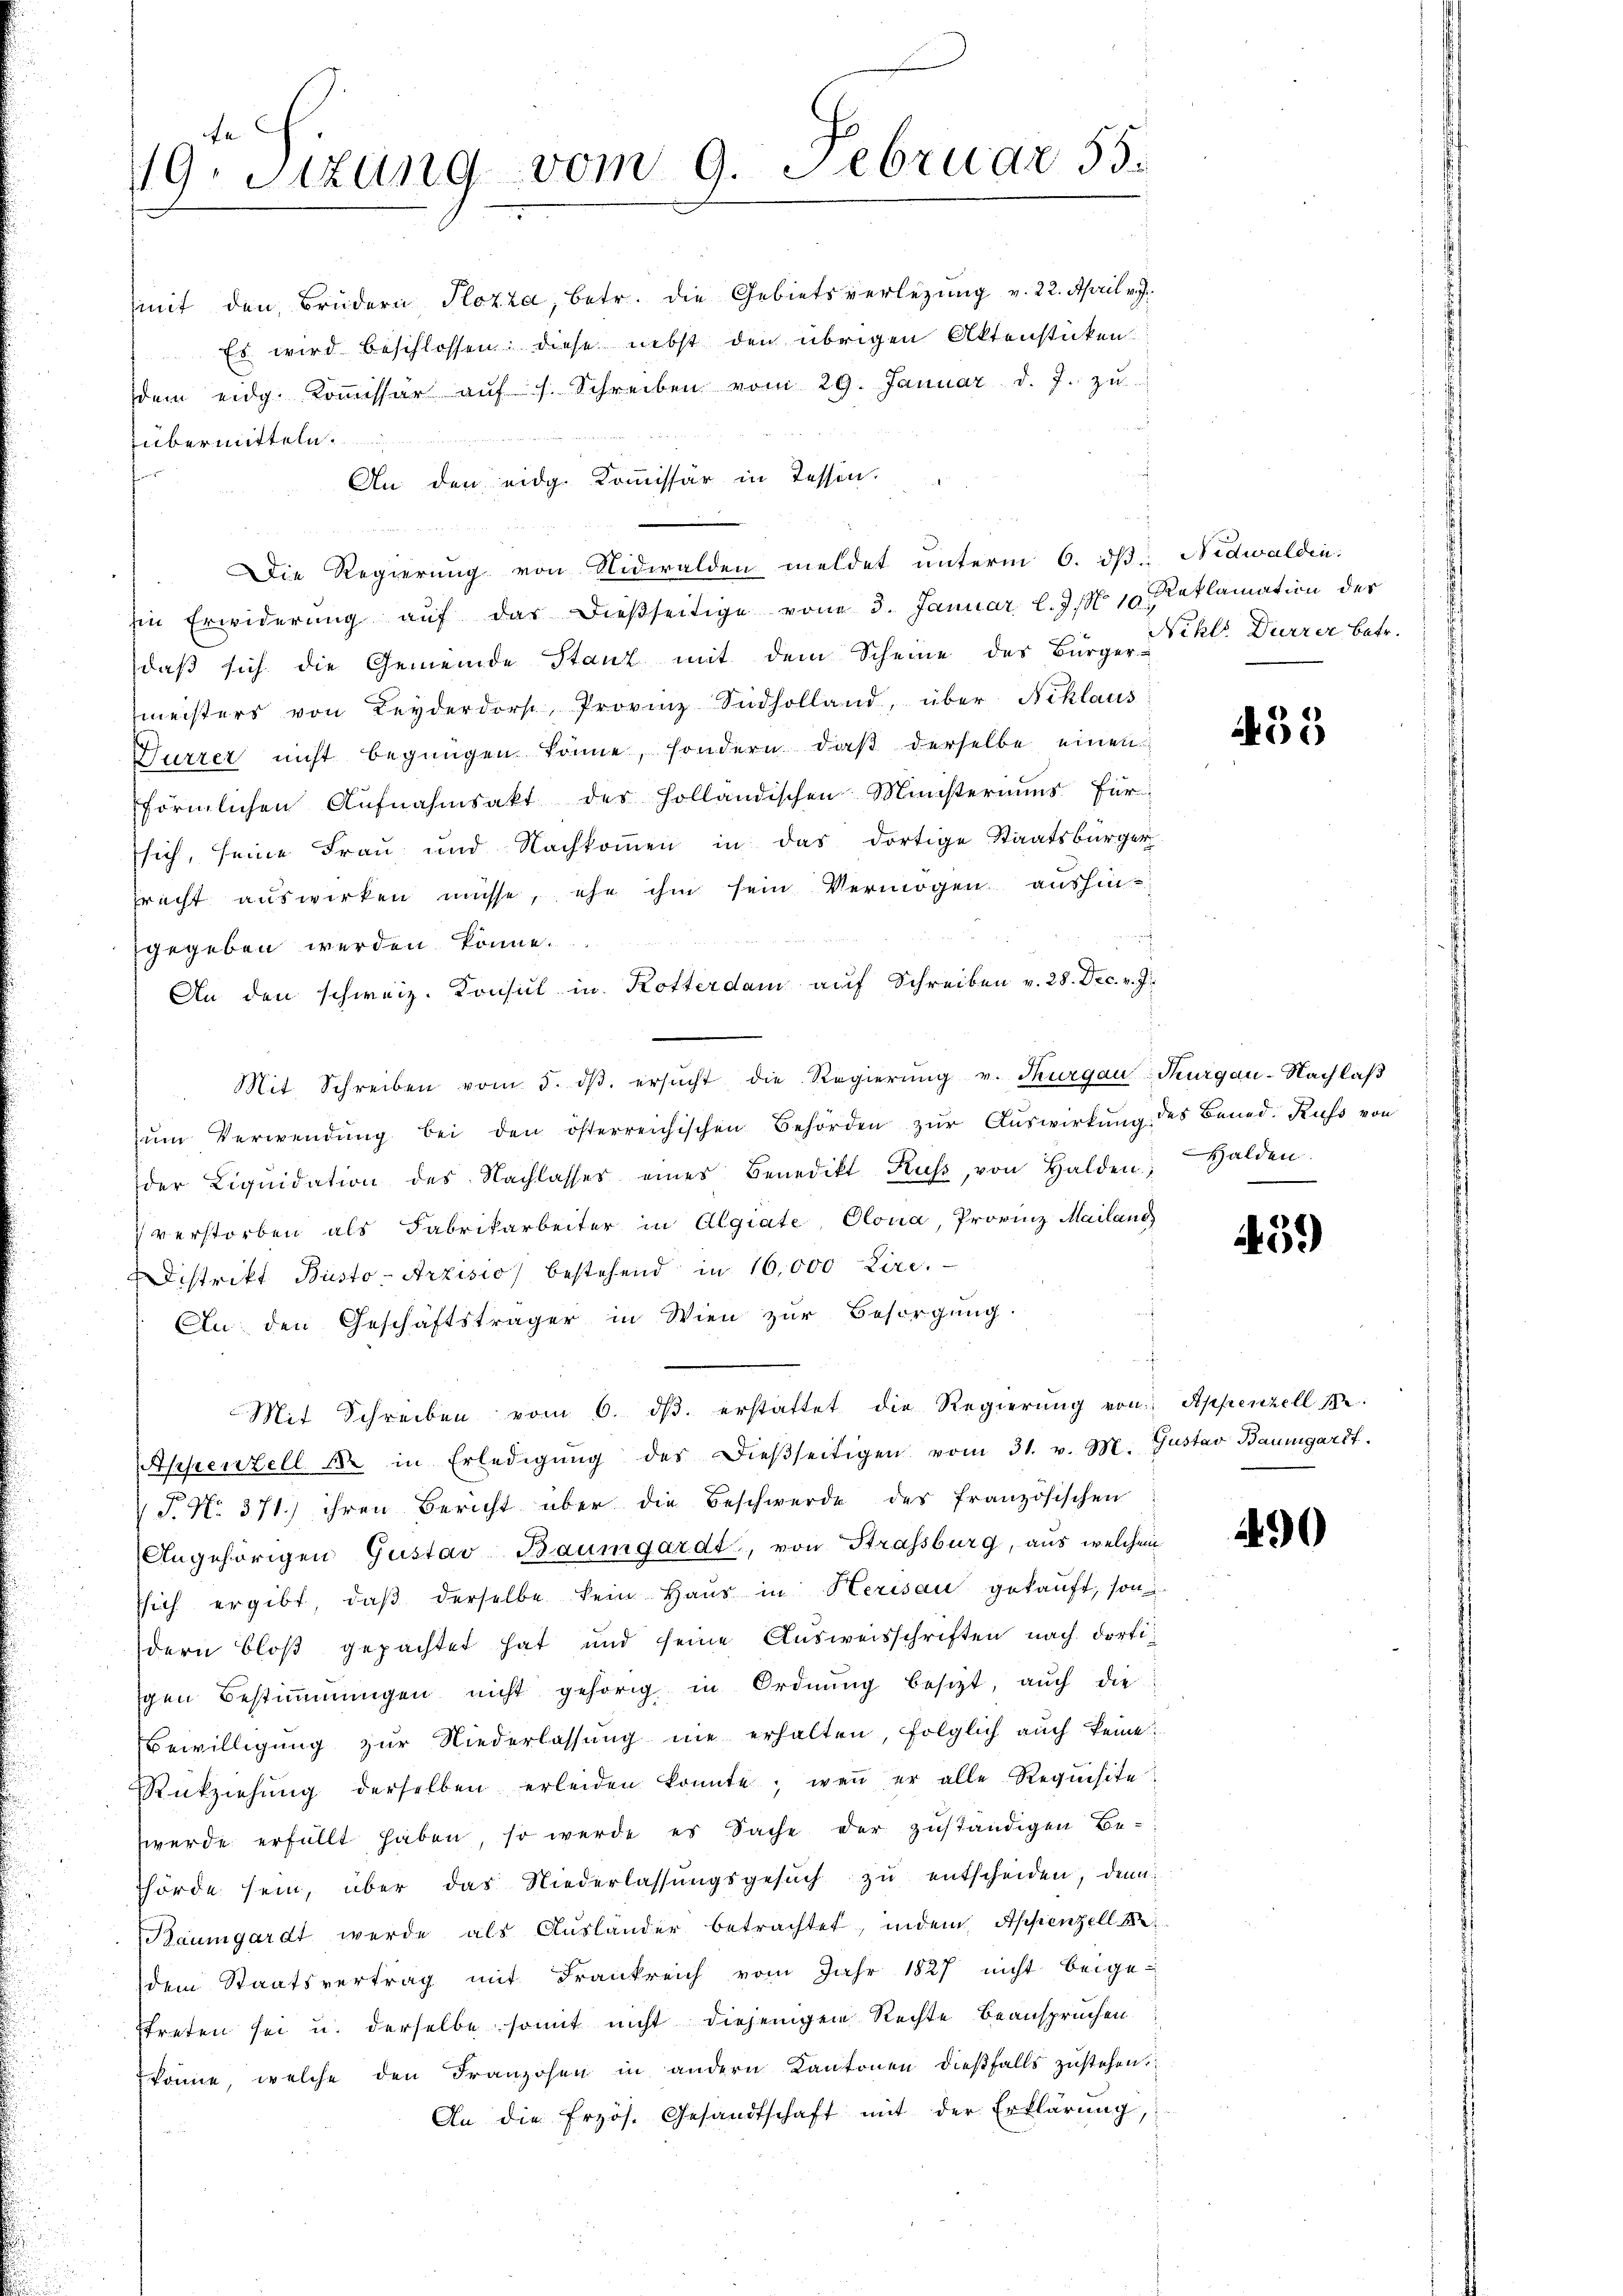
19. Sitzung vom 9. Februar 55.

(mit den Brüdern Plazza, betr. die Gebietsverlegung v. 22. April v. J.
Es wird beschlossen: diese nebst den übrigen Aktenstücken.
dem eidg. Koṁissär aŭf s. Schreiben vom 29. Januar d. J. zŭ
übermitteln
An den eidg. Kommissär in Tessen.
Die Regierung von Nidwalden meldet unterm 6. dβ Nidwalden:
iin Erwiderung aŭf das dießseitige vom 3. Januar l. J. N. 10. Reklamation der
daß sich die Gemeinde Stanz mit dem Scheine des Bürger-
fmeisters von Leyderdorf, Provinz Südholland, über Niklaus
Vürzer nicht begnügen könne, sondern, daβ derselbe einen
förmlichen Aŭfnahmsakt des Holländischen Ministeriums für
sich, seine Frau und Nachkommen in das dortige Staatsbürger
precht aŭswirken müsse, ehe ihm sein Vermögen aushingegeben werden könne.
An den schweiz. Konsul in Kotterdam auf Schreiben v. 28. Dec. v. J.
Mit Schreiben vom 5. dβ. ersŭcht die Regierŭng v. Thurgau, Thurgau-Nachlaβ
ŭm Verwendŭng bei den österreichischen Behörden zŭr Aŭswirkŭng des Bened. Kuss von
der Liqŭidation des Nachlasses eines Benedikt Kuss, von Halden;
verstorben als Fabrikarbeiter in Algiate, Clona, Provinz Mailang
Distrikt Büsto-Arzisio bestehend in 16,000 Lire.
An den Geschäftsträger in Wien zŭr Besorgŭng.
Mit Schreiben vom 6. dβ erstattet die Regierŭng von Appenzell I.
Appenzell 12 in Erledigŭng des dießseitigen vom 31. v. M. Gustav Baumgardt.
T. No 371.) ihren Bericht über die Beschwerde des französischen
Angehörigen Gustav Baumgardt, von Strassburg, aus welchen
ssich ergibt, daβ derselbe kein Haŭs in Herisau gekauft, son
dern bloß gepachtet hat und seine Ausweisschriften nach dortigen Bestimmungen nicht gehörig in Ordnŭng besizt, aŭch die
Bewilligung zur Niederlassung nie erhalten, folglich auch keine:
Rükziehŭng derselben erleiden konnte, wenn er alle Requisite
werde erfüllt haben, so werde es Sache der zŭständigen Be-
hörde sein, über das Niederlassŭngsgesŭch zŭ entscheiden, denn
Baumgardt werde als Ausländer betrachtet, indem Appenzell A.
dem Staatsvertrag mit Frankreich vom Jahr 1827 nicht beigestreten sei u. derselbe somit nicht diejenigen Rechte beanspruchen
könne, welche den Franzosen in andern Kantonen dießfalls zustehen.
An die frzös. Gesandtschaft mit der Erklärung,

Nihlr Dürrer betr.

453

Halden.

459

290